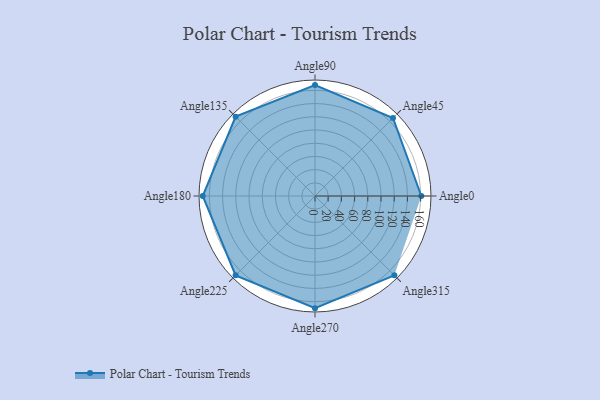
{"axis": {"x": "Angle", "y": "Radius"}, "legend": [""], "data": [{"x": "Angle0", "y": 161.0, "type": ""}, {"x": "Angle45", "y": 167.0, "type": ""}, {"x": "Angle90", "y": 168.0, "type": ""}, {"x": "Angle135", "y": 170, "type": ""}, {"x": "Angle180", "y": 170, "type": ""}, {"x": "Angle225", "y": 170, "type": ""}, {"x": "Angle270", "y": 170, "type": ""}, {"x": "Angle315", "y": 170, "type": ""}]}